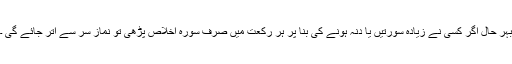
بہر حال اگر کسی نے زیادہ سورتیں یا دنہ ہونے کی بنا پر ہر رکعت میں صرف سورہ اخلاص پڑھی تو نماز سر سے اتر جائے گی ۔